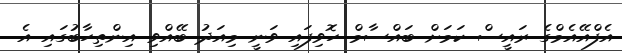
އެފްއޭއެމްގެ ރައީސް ކަމަށް ބައްސާމް ހޮވިފައި ވަނީ މިއަދު ބޭއްވި އިންތިހާބުގައި އެ